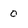
Character: 0